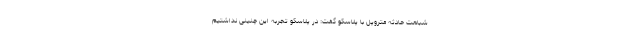
شباهت حادثه متروپل با پلاسکو گفت: در پلاسکو تجربه این چنینی نداشتیم